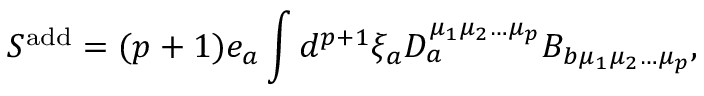
S ^ { \mathrm { a d d } } = ( p + 1 ) e _ { a } \int d ^ { p + 1 } \xi _ { a } D _ { a } ^ { \mu _ { 1 } \mu _ { 2 } \ldots \mu _ { p } } B _ { b \mu _ { 1 } \mu _ { 2 } \ldots \mu _ { p } } ,